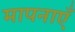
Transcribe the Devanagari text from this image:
मापनाएँ